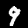
Label: 9